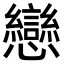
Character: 戀